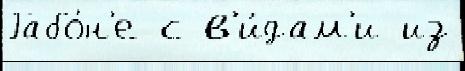
Габо́н'е с в'и́дам'и из